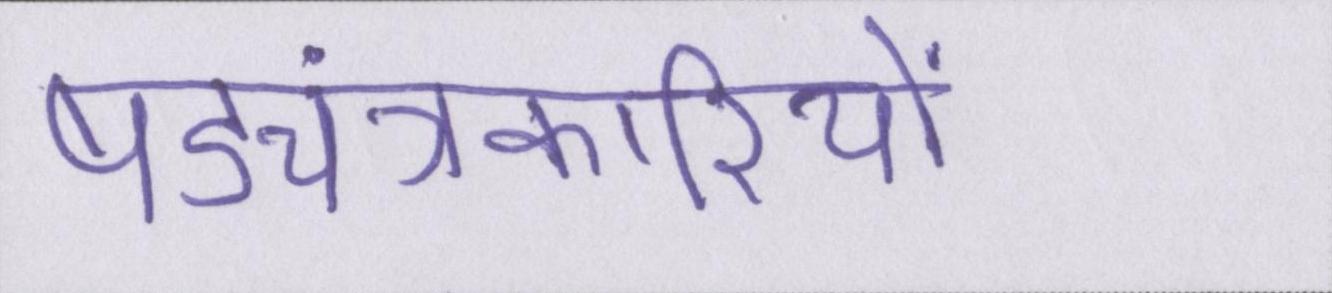
षड्यंत्रकारियों